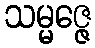
သမ္မဇ္ဇေ